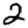
Digit: 2